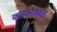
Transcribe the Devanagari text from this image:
फलकाजवळ